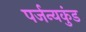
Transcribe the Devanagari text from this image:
पर्जन्यकुंड